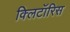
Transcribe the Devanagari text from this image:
क्लिटॉरिस